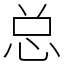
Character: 总